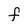
Character: F